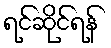
ရင်ဆိုင်ရန်